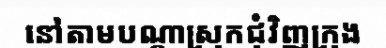
នៅតាមបណ្តាស្រុកជុំវិញក្រុង